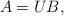
LaTeX: \begin{align*}A = UB,\end{align*}